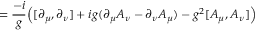
= { \frac { - i } { g } } { \Big ( } [ \partial _ { \mu } , \partial _ { \nu } ] + i g ( \partial _ { \mu } A _ { \nu } - \partial _ { \nu } A _ { \mu } ) - g ^ { 2 } [ A _ { \mu } , A _ { \nu } ] { \Big ) }